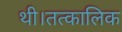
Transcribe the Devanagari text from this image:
थी।तत्कालिक